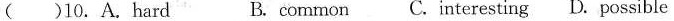
( )10.A.Hard B. common C. Interesting D. Possible